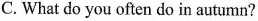
C. What do you often do in autumn?